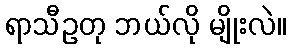
ရာသီဥတု ဘယ်လို မျိုးလဲ။